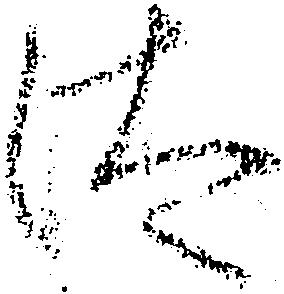
汰